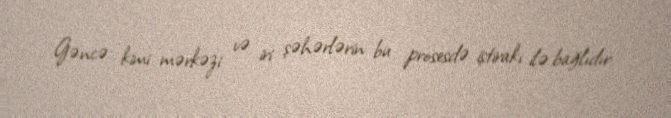
Gəncə kimi mərkəzi və iri şəhərlərin bu prosesdə iştirakı ilə bağlıdır.